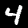
Digit: 4